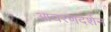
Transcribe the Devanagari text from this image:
आचरणदर्शन